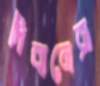
দিব্যনেত্র